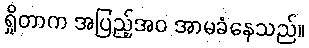
ရှိုတာက အပြည့်အဝ အာမခံနေသည်။